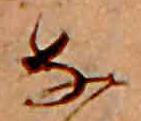
な